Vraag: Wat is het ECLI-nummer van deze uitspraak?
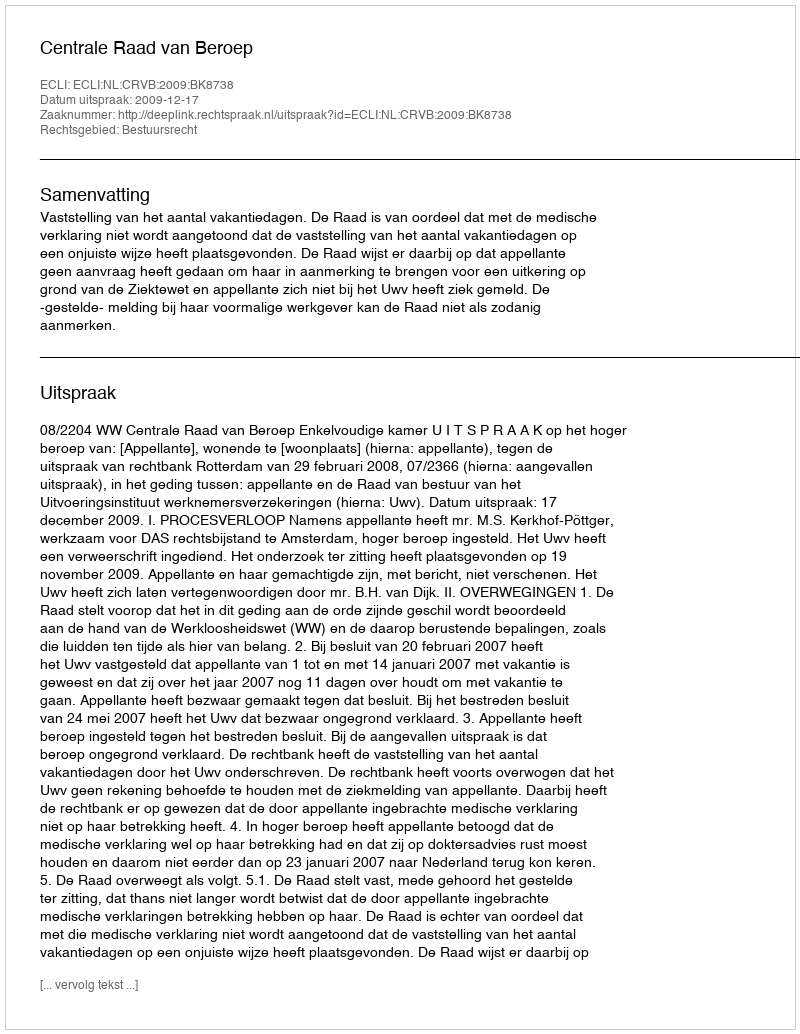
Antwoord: ECLI:NL:CRVB:2009:BK8738